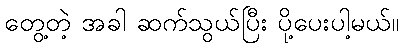
တွေ့တဲ့ အခါ ဆက်သွယ်ပြီး ပို့ပေးပါ့မယ်။